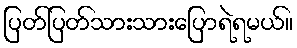
ပြတ်ပြတ်သားသားပြောရဲရမယ်။